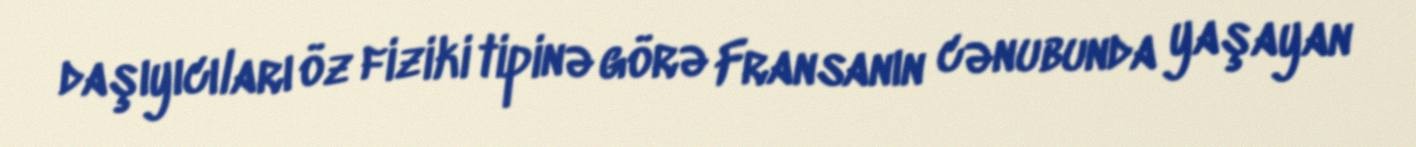
daşıyıcıları öz fiziki tipinə görə Fransanın cənubunda yaşayan